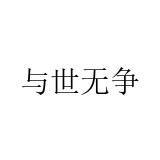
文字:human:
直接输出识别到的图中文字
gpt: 与世无争